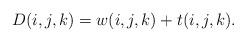
LaTeX: \begin{align*} D(i,j,k)=w(i,j,k)+ t(i,j,k). \end{align*}